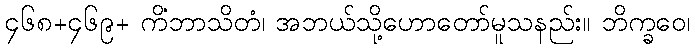
၄၆၈+၄၆၉+ ကိံဘာသိတံ၊ အဘယ်သို့ဟောတော်မူသနည်း။ ဘိက္ခဝေ၊